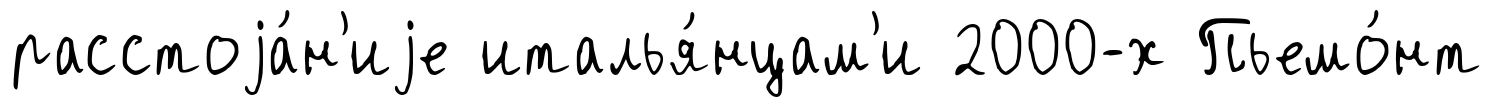
расстоjа́н'иjе италья́нцам'и 2000-х Пьемо́нт